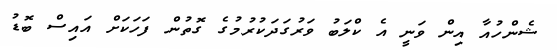
ޝެންހުއާ އިން ވަނީ އެ ކްލަބު ވަރުގަދަކުރުމުގެ ގޮތުން ފަހަކަށް އައިސް ބޮޑު